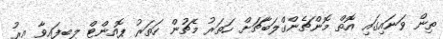
ތިން ވަނައިގައި އޮތް މޮންޗެންގްލަބާޗަށް ހަތަރު މެޗުން ހަތަރު ޕޮއިންޓް ލިބިފައިވާ އިރު